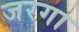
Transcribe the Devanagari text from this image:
जरगा